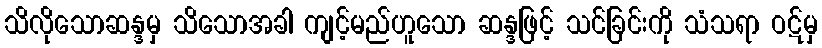
သိလိုသောဆန္ဒမှ သိသောအခါ ကျင့်မည်ဟူသော ဆန္ဒဖြင့် သင်ခြင်းကို သံသရာ ဝဋ်မှ